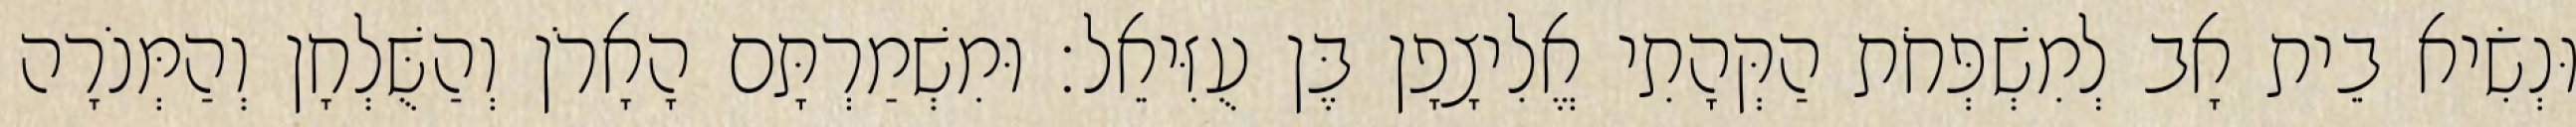
וּנְשִׂיא בֵית אָב לְמִשְׁפְּחֹת הַקְּהָתִי אֱלִיצָפָן בֶּן עֻזִּיאֵל׃ וּמִשְׁמַרְתָּם הָאָרֹן וְהַשֻּׁלְחָן וְהַמְּנֹרָה